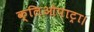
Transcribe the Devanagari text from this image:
क्लिओपाट्रा।